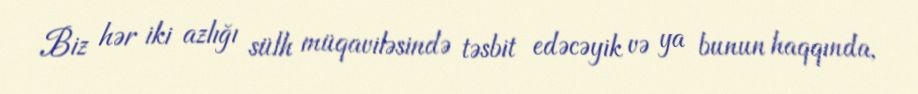
Biz hər iki azlığı sülh müqaviləsində təsbit edəcəyik və ya bunun haqqında,